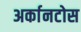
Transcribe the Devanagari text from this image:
अर्कानटोस